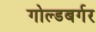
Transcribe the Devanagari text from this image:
गोल्डबर्गर